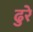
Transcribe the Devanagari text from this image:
ढुरे